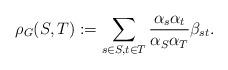
LaTeX: \begin{align*}\rho_G(S,T) := \sum_{s \in S, t \in T}\frac{\alpha_s\alpha_t}{\alpha_S \alpha_T} \beta_{st}.\end{align*}